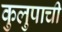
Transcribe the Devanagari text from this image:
कुलुपाची